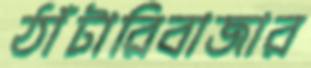
ঠাঁটারিবাজার